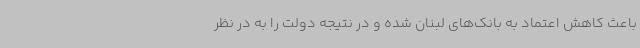
باعث کاهش اعتماد به بانک‌های لبنان شده و در نتیجه دولت را به در نظر